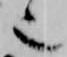
也